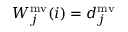
W _ { j } ^ { \mathrm { m v } } ( i ) = d _ { j } ^ { \mathrm { m v } }